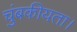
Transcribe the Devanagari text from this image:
चुंबकीयता।